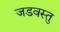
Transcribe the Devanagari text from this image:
जडवस्तु